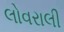
લોવરાલી